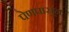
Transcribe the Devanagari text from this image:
पेणपासून